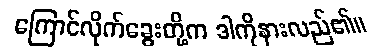
ကြောင်လိုက်ခွေးတို့က ဒါကိုနားလည်၏။